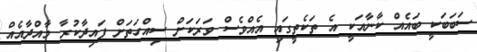
ސަބަބަކީ ބައެއް ކާނާއަކީ އެ ތަކެތީގައި އެއްވެސް ވަރަކަށް ސިއްހަތަށް ފައިދާކުރާ މާއްދާއެއް